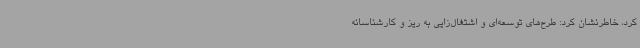
کرد، خاطرنشان کرد: طرح‌های توسعه‌ای و اشتغال‌زایی به ریز و کارشناسانه